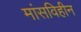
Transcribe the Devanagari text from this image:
मांसविहीन